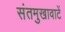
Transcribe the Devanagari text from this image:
संतमुखावाटें